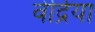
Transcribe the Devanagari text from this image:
वेद्रिया